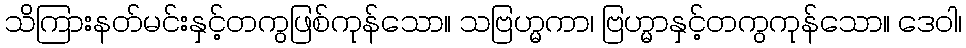
သိကြားနတ်မင်းနှင့်တကွဖြစ်ကုန်သော။ သဗြဟ္မကာ၊ ဗြဟ္မာနှင့်တကွကုန်သော။ ဒေဝါ၊